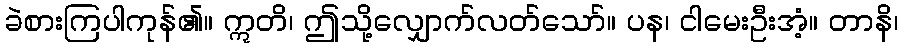
ခဲစားကြပါကုန်၏။ ဣတိ၊ ဤသို့လျှောက်လတ်သော်။ ပန၊ ငါမေးဦးအံ့။ တာနိ၊